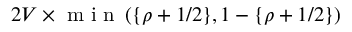
2 V \times \mathrm { ~ m ~ i ~ n ~ } \left( \{ \rho + 1 / 2 \} , 1 - \{ \rho + 1 / 2 \} \right)